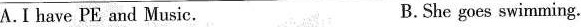
A.I have PE and Music. B.She goes swimming.